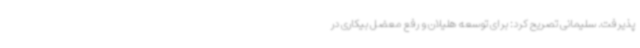
پذیرفت. سلیمانی تصریح کرد: برای توسعه هلیلان و رفع معضل بیکاری در